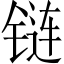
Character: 链